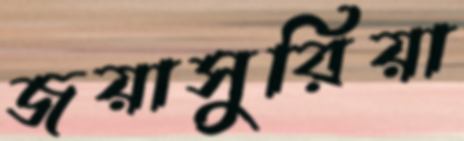
জয়াসুরিয়া